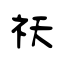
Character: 祆